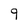
Character: 9